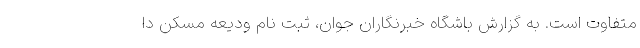
متفاوت است. به گزارش باشگاه خبرنگاران جوان، ثبت نام ودیعه مسکن دا